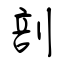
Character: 剖